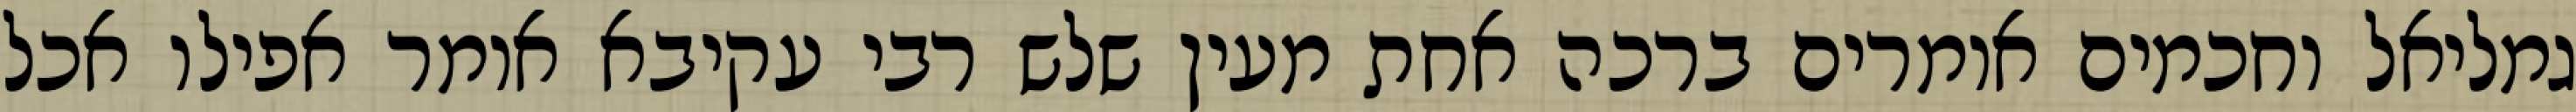
גמליאל וחכמים אומרים ברכה אחת מעין שלש רבי עקיבא אומר אפילו אכל